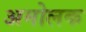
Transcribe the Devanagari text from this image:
अमोलक